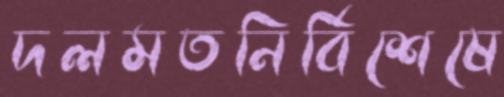
দলমতনির্বিশেষে